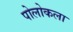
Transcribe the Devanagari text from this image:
पोलोकला